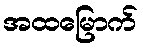
အထမြောက်